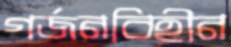
গর্জনবিহীন